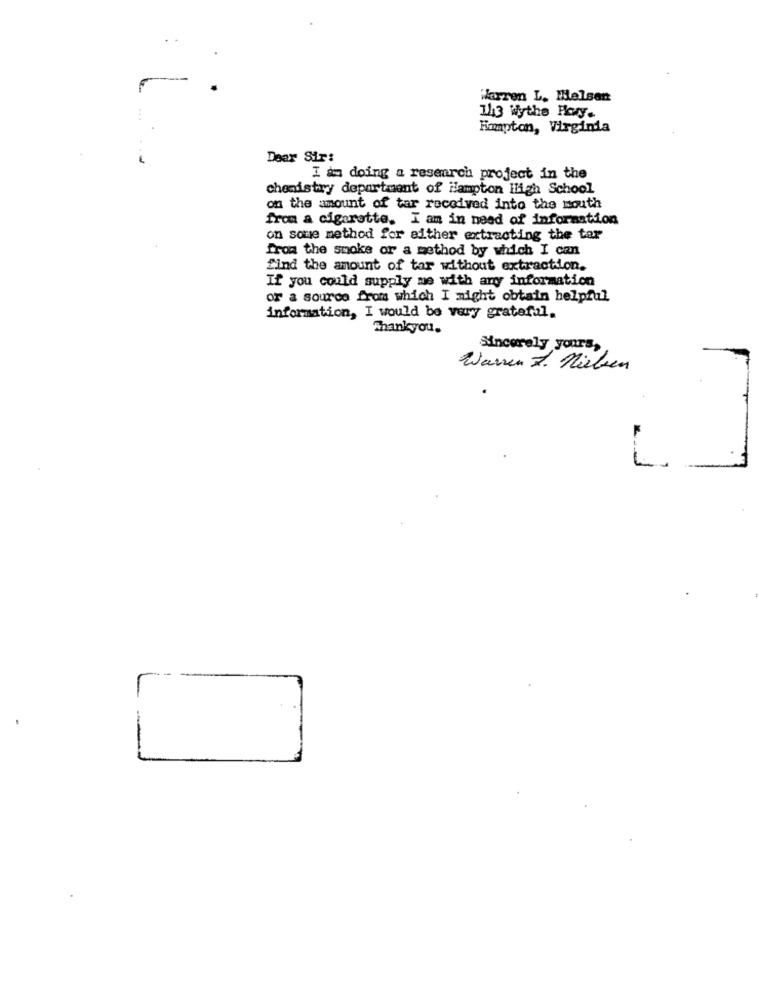
Warren L. Melsen
113 Wythe Hary.
Hampton, Virginia
Dear Sir:
I am doing a research project in the
chemistry department of Hampton High School
on the amount of tar received into the south
from a cigarette. I am in need of information
on soue method for either extracting the tar
from the smoke or a method by which I can
find the amount of tar without extraction.
If you could supply me with any information
or a source from which I might obtain helpful
information, I would be very grateful.
Thankyou.
Sincerely yours,
Warren 7. Nielsen
.